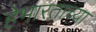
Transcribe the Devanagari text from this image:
हेभारताच्या